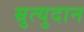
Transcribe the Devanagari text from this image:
म्रुत्युदान